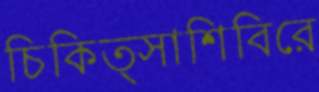
চিকিত্সাশিবিরে